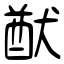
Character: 猷